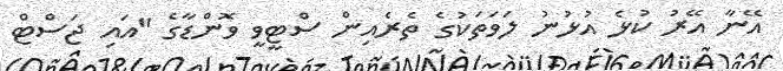
އޭނާ އޭރު ކުޅެ އުޅުނު ލަވަތަކުގެ ތެރެއިން ސްޓީވީ ވޮންޑާގެ "އައި ޖަސްޓް